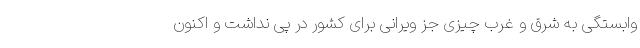
وابستگی به شرق و غرب چیزی جز ویرانی برای کشور در پی نداشت و اکنون